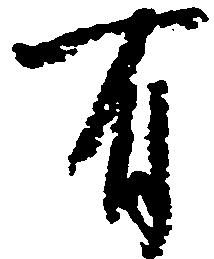
有